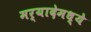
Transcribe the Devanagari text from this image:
मर्यादेमध्ये